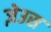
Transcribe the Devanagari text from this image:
ज़ेउस